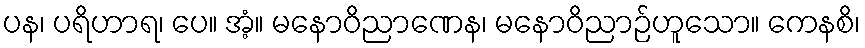
ပန၊ ပရိဟာရ၊ ပေ။ အံ့။ မနောဝိညာဏေန၊ မနောဝိညာဉ်ဟူသော။ ကေနစိ၊